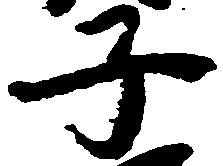
子